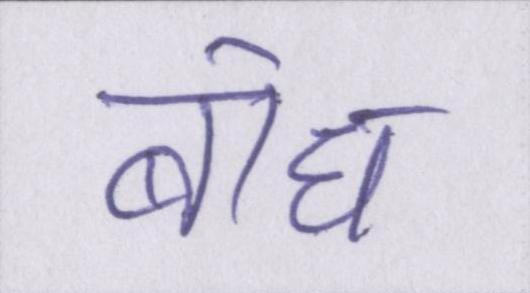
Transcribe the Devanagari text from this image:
बोध